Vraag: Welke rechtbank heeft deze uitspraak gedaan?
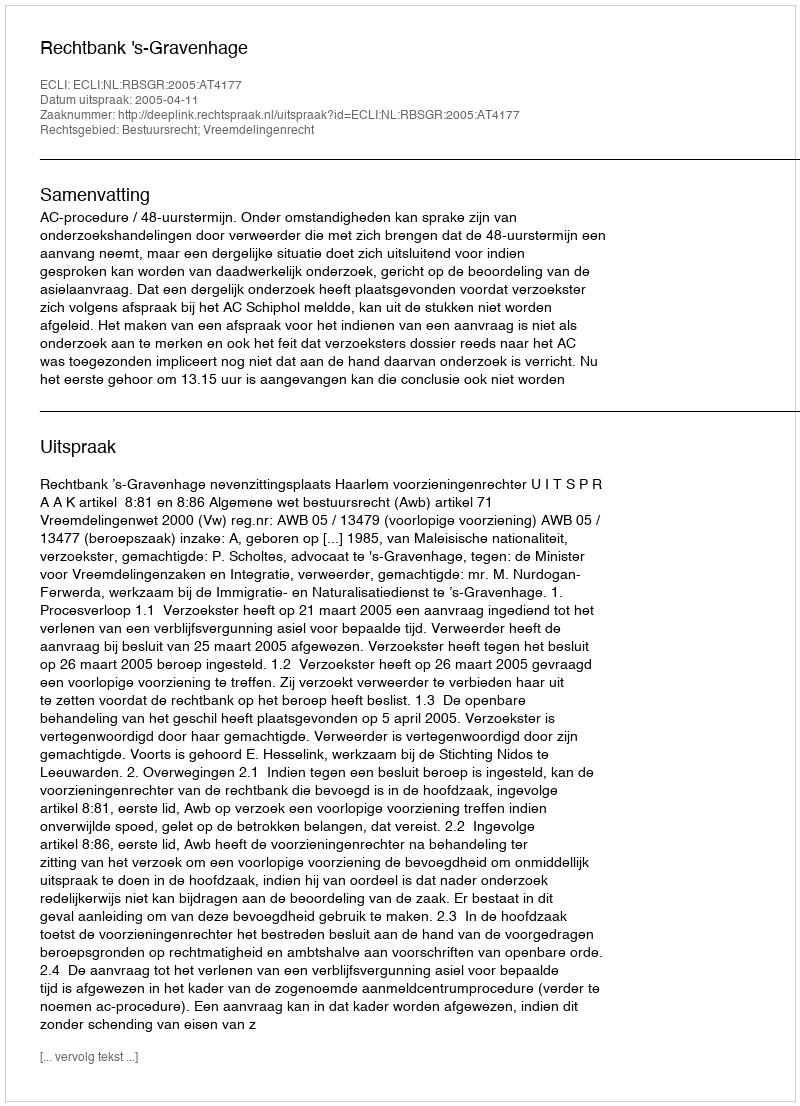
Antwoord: Rechtbank 's-Gravenhage